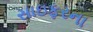
સાઇફરના